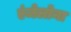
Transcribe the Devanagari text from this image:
एंजेलोना